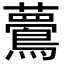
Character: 𪅇